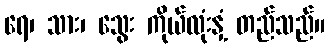
ရေ၊ သား၊ သွေး ကိုယ်လုံးနှံ့ တည်သည်။